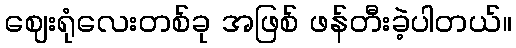
ဈေးရုံလေးတစ်ခု အဖြစ် ဖန်တီးခဲ့ပါတယ်။